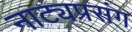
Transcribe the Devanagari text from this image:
नाट्यप्रसंग